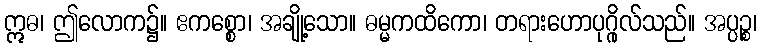
ဣဓ၊ ဤလောက၌။ ဧကစ္စော၊ အချို့သော။ ဓမ္မကထိကော၊ တရားဟောပုဂ္ဂိုလ်သည်။ အပ္ပဉ္စ၊